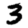
Digit: 3